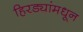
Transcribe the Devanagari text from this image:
हिरड्यांमधून